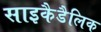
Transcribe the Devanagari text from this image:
साइकैडैलिक